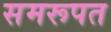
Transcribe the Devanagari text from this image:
समरूपत